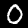
Label: 0